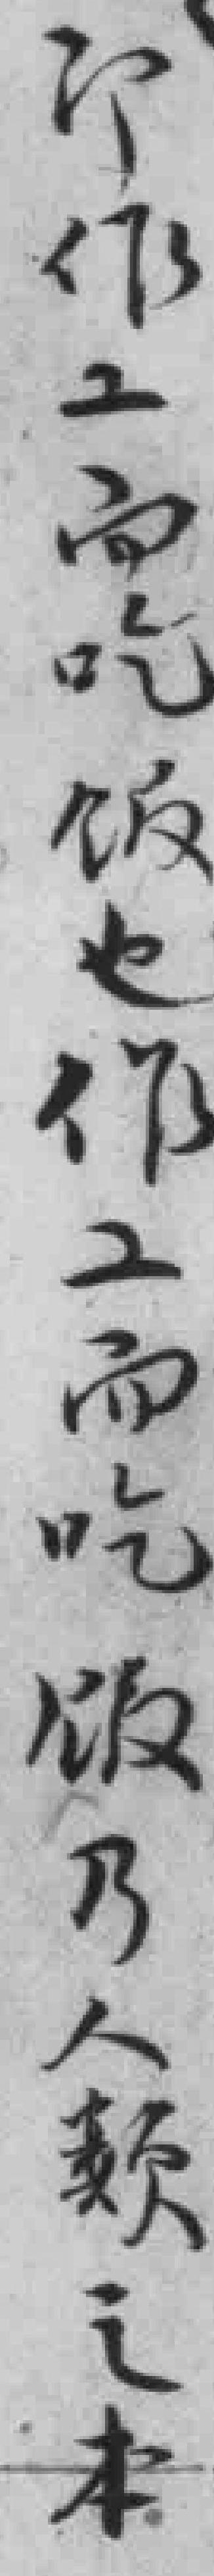
即作工而吃饭也作工而吃饭乃人類之本